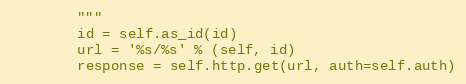
Language: Python
        """
        id = self.as_id(id)
        url = '%s/%s' % (self, id)
        response = self.http.get(url, auth=self.auth)